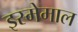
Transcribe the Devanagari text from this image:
इस्मेमाल